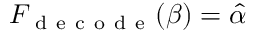
F _ { \mathrm { ~ d ~ e ~ c ~ o ~ d ~ e ~ } } ( \beta ) = \hat { \alpha }